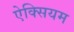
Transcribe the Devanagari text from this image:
ऐक्सियम